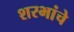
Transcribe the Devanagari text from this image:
शरभांचे